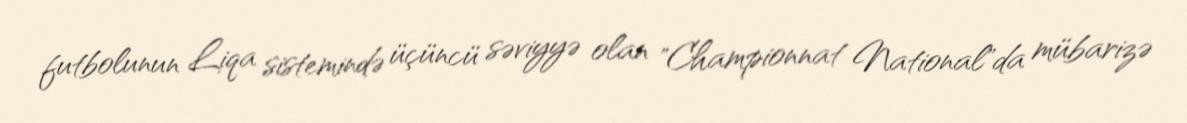
futbolunun Liqa sistemində üçüncü səviyyə olan "Championnat National"da mübarizə